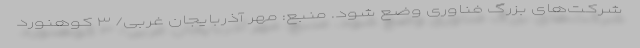
شرکت‌های بزرگ فناوری وضع شود. منبع: مهر آذربایجان غربی/ ۳ کوهنورد